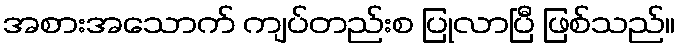
အစားအသောက် ကျပ်တည်းစ ပြုလာပြီ ဖြစ်သည်။